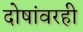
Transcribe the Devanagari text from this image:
दोषांवरही